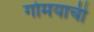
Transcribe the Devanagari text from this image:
गोमयाची